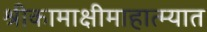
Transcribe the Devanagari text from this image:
श्रीकामाक्षीमाहात्म्यात